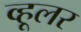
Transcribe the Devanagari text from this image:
व्हूलर